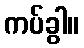
ကပ်ခွါ။